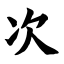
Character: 次